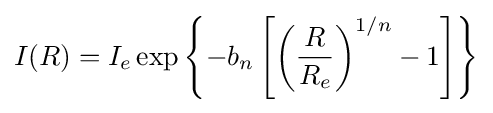
I(R)=I_{e}\exp \left\{-b_{n}\left[\left({\frac {R}{R_{e}}}\right)^{1/n}-1\right]\right\}